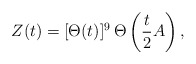
\begin{align*}Z(t)=[\Theta(t)]^9\,\Theta\left({t\over 2}A\right),\end{align*}